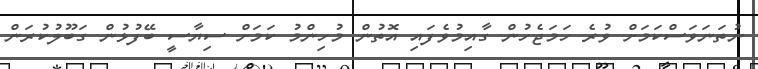
ނުތަނަވަސްކަމަށް ވުރެ ހަމަޖެހުން ގާއިމުވެފައި އޮތުން މުހިންމު ކަމަށް ސިޔާސީ ބޭފުޅުން ގަބޫލުކުރަން